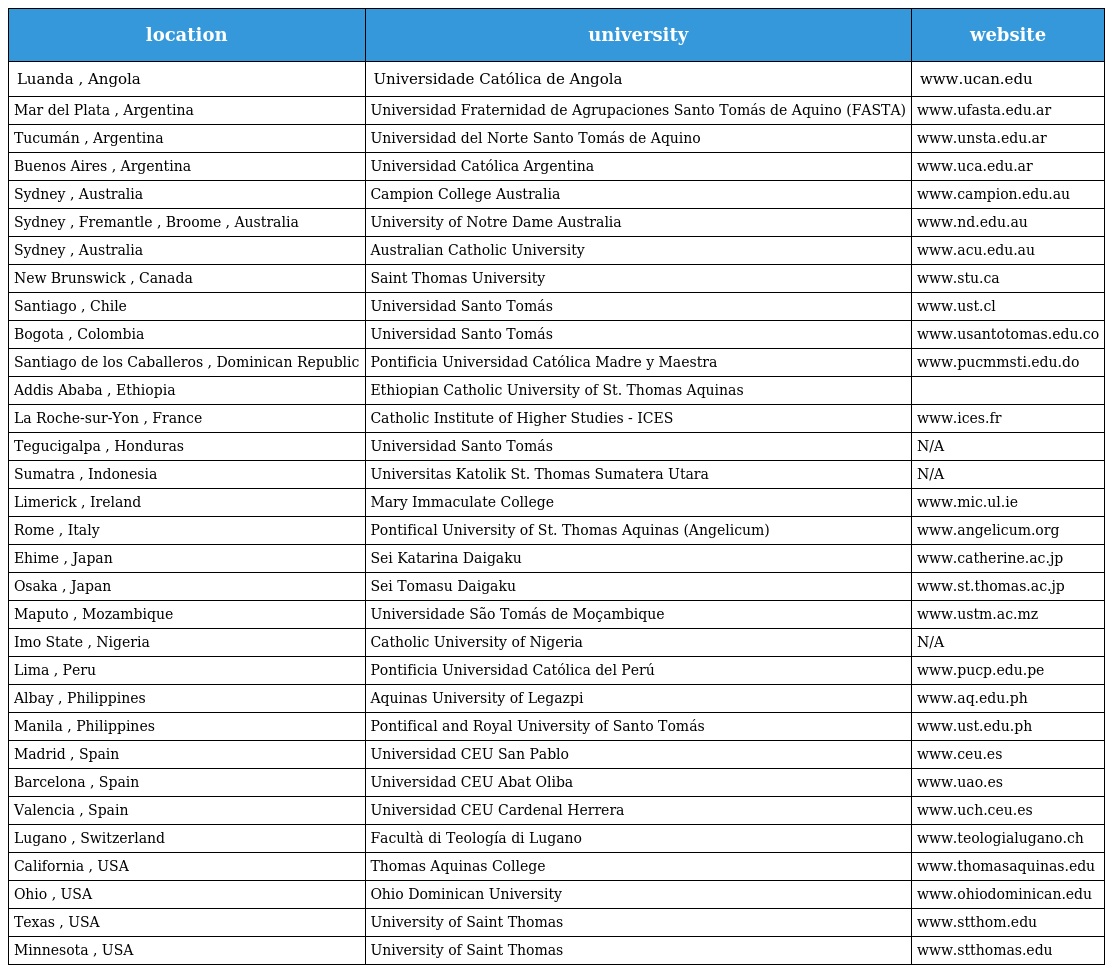
| location | university | website |
 | --- | --- | --- |
 | Luanda , Angola | Universidade Católica de Angola | www.ucan.edu |
 | Mar del Plata , Argentina | Universidad Fraternidad de Agrupaciones Santo Tomás de Aquino (FASTA) | www.ufasta.edu.ar |
 | Tucumán , Argentina | Universidad del Norte Santo Tomás de Aquino | www.unsta.edu.ar |
 | Buenos Aires , Argentina | Universidad Católica Argentina | www.uca.edu.ar |
 | Sydney , Australia | Campion College Australia | www.campion.edu.au |
 | Sydney , Fremantle , Broome , Australia | University of Notre Dame Australia | www.nd.edu.au |
 | Sydney , Australia | Australian Catholic University | www.acu.edu.au |
 | New Brunswick , Canada | Saint Thomas University | www.stu.ca |
 | Santiago , Chile | Universidad Santo Tomás | www.ust.cl |
 | Bogota , Colombia | Universidad Santo Tomás | www.usantotomas.edu.co |
 | Santiago de los Caballeros , Dominican Republic | Pontificia Universidad Católica Madre y Maestra | www.pucmmsti.edu.do |
 | Addis Ababa , Ethiopia | Ethiopian Catholic University of St. Thomas Aquinas |  |
 | La Roche-sur-Yon , France | Catholic Institute of Higher Studies - ICES | www.ices.fr |
 | Tegucigalpa , Honduras | Universidad Santo Tomás | N/A |
 | Sumatra , Indonesia | Universitas Katolik St. Thomas Sumatera Utara | N/A |
 | Limerick , Ireland | Mary Immaculate College | www.mic.ul.ie |
 | Rome , Italy | Pontifical University of St. Thomas Aquinas (Angelicum) | www.angelicum.org |
 | Ehime , Japan | Sei Katarina Daigaku | www.catherine.ac.jp |
 | Osaka , Japan | Sei Tomasu Daigaku | www.st.thomas.ac.jp |
 | Maputo , Mozambique | Universidade São Tomás de Moçambique | www.ustm.ac.mz |
 | Imo State , Nigeria | Catholic University of Nigeria | N/A |
 | Lima , Peru | Pontificia Universidad Católica del Perú | www.pucp.edu.pe |
 | Albay , Philippines | Aquinas University of Legazpi | www.aq.edu.ph |
 | Manila , Philippines | Pontifical and Royal University of Santo Tomás | www.ust.edu.ph |
 | Madrid , Spain | Universidad CEU San Pablo | www.ceu.es |
 | Barcelona , Spain | Universidad CEU Abat Oliba | www.uao.es |
 | Valencia , Spain | Universidad CEU Cardenal Herrera | www.uch.ceu.es |
 | Lugano , Switzerland | Facultà di Teología di Lugano | www.teologialugano.ch |
 | California , USA | Thomas Aquinas College | www.thomasaquinas.edu |
 | Ohio , USA | Ohio Dominican University | www.ohiodominican.edu |
 | Texas , USA | University of Saint Thomas | www.stthom.edu |
 | Minnesota , USA | University of Saint Thomas | www.stthomas.edu |